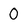
Character: O